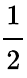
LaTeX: \cfrac 12